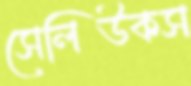
সেলিউকস